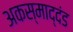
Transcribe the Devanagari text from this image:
अकस्माद्दंड